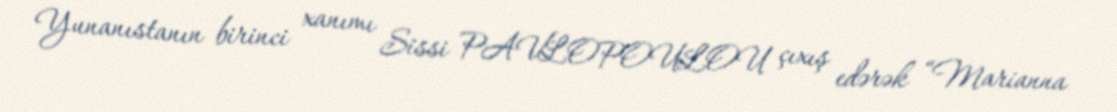
Yunanıstanın birinci xanımı Sissi PAVLOPOULOU çıxış edərək “Marianna